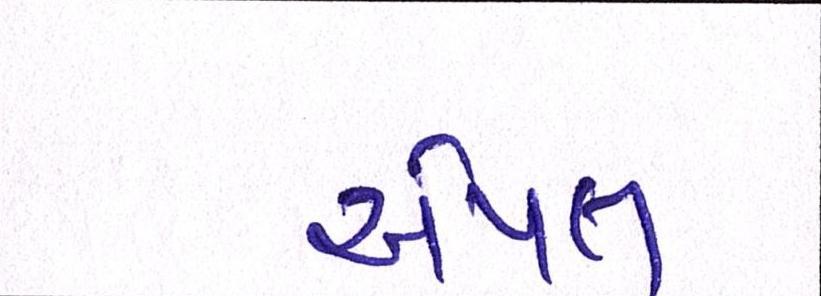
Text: એપલ